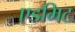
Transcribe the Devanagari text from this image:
एडमिट